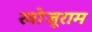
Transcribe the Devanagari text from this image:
खोजूराम